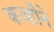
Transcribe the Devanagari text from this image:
कव्हीने